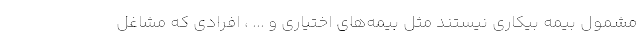
مشمول بیمه بیکاری نیستند مثل بیمه‌های اختیاری و ... ، افرادی که مشاغل